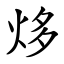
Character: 㶴